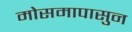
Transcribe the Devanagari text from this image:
मोसमापासुन